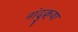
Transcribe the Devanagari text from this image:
नांदुक्र्या